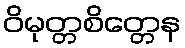
ဝိမုတ္တစိတ္တေန